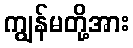
ကျွန်မတို့အား